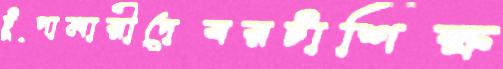
টুপামারীদেবরটাশিক্ষ